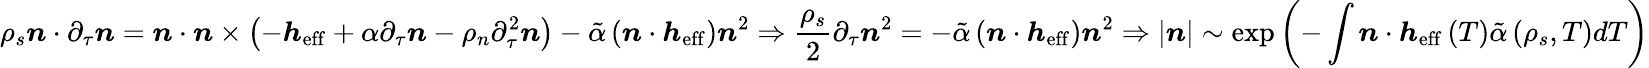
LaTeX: \rho_{s}\boldsymbol{n}\cdot\partial_{\tau}\boldsymbol{n}=\boldsymbol{n}\cdot\boldsymbol{n}\times\left(-\boldsymbol{h}_{\mathrm{eff}}+\alpha\partial_{\tau}\boldsymbol{n}-\rho_{n}\partial_{\tau}^{2}\boldsymbol{n}\right)-\tilde{\alpha}\left(\boldsymbol{n}\cdot\boldsymbol{h}_{\mathrm{eff}}\right)\boldsymbol{n}^{2}\Rightarrow\frac{\rho_{s}}{2}\partial_{\tau}\boldsymbol{n}^{2}=-\tilde{\alpha}\left(\boldsymbol{n}\cdot\boldsymbol{h}_{\mathrm{eff}}\right)\boldsymbol{n}^{2}\Rightarrow\left|\boldsymbol{n}\right|\sim\exp\left(-\int{\boldsymbol{n}\cdot\boldsymbol{h}_{\mathrm{eff}}\left(T\right)\tilde{\alpha}\left(\rho_{s},T\right)dT}\right)